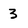
Character: 3